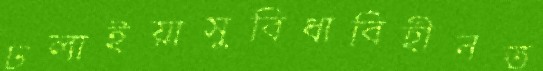
ঢলাইয়াসুবিধাবিহীনত